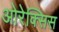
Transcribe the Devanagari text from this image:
ओरेक्सिस